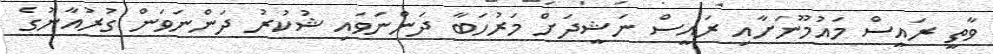
ވާތީ ރައީސް މައުމޫނަށާއި ރައީސް ނަޝީދަށް މަރުހަބާ ދަންނަވައި ޝުކުރު ދަންނަވަން ގުރުއާނުގެ